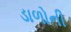
ડાળોની